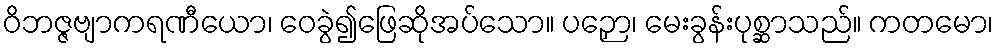
ဝိဘဇ္ဇဗျာကရဏီယော၊ ဝေခွဲ၍ဖြေဆိုအပ်သော။ ပဉှော၊ မေးခွန်းပုစ္ဆာသည်။ ကတမော၊